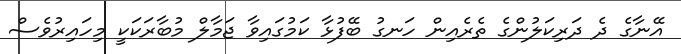
އޭނާގެ ދެ ދަރިކަލުންގެ ތެރެއިން ހަނގު ބޭފުޅާ ކަމުގައިވާ ޖަމާލް މުބާރަކަކީ މިހައިރުވެސް